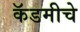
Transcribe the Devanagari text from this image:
कॅडमीचे